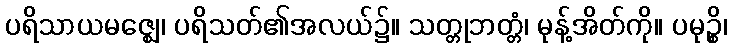
ပရိသာယမဇ္ဈေ၊ ပရိသတ်၏အလယ်၌။ သတ္တုဘတ္တံ၊ မုန့်အိတ်ကို။ ပမုဉ္စိ၊